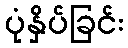
ပုံနှိပ်ခြင်း